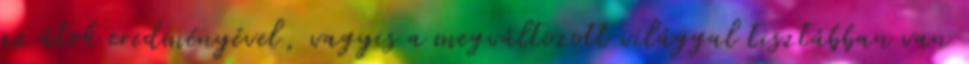
az átok eredményével, vagyis a megváltozott világgal tisztábban van